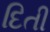
દિતી